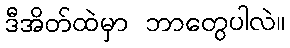
ဒီအိတ်ထဲမှာ ဘာတွေပါလဲ။